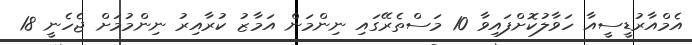
އެމްއާރުޑީސީއާ ހަވާލުކޮށްފައިވާ 10 މަސްތެރޭގައި ނިންމަން އަމާޒު ކުރާއިރު ނިންމުމަށް ޖެހެނީ 18